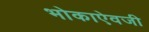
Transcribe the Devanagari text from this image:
भोकाऐवजी